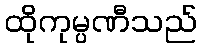
ထိုကုမ္ပဏီသည်